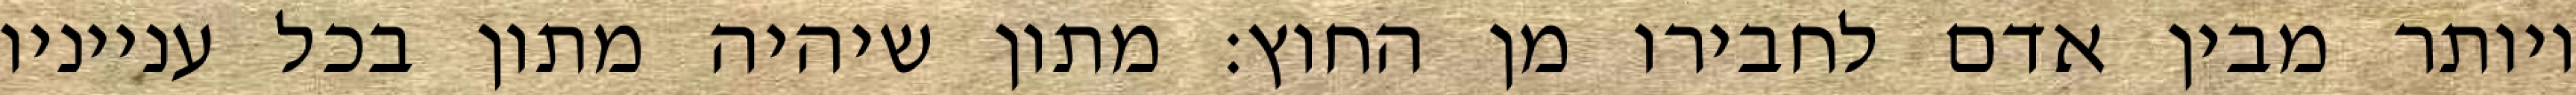
ויותר מבין אדם לחבירו מן החוץ: מתון שיהיה מתון בכל ענייניו